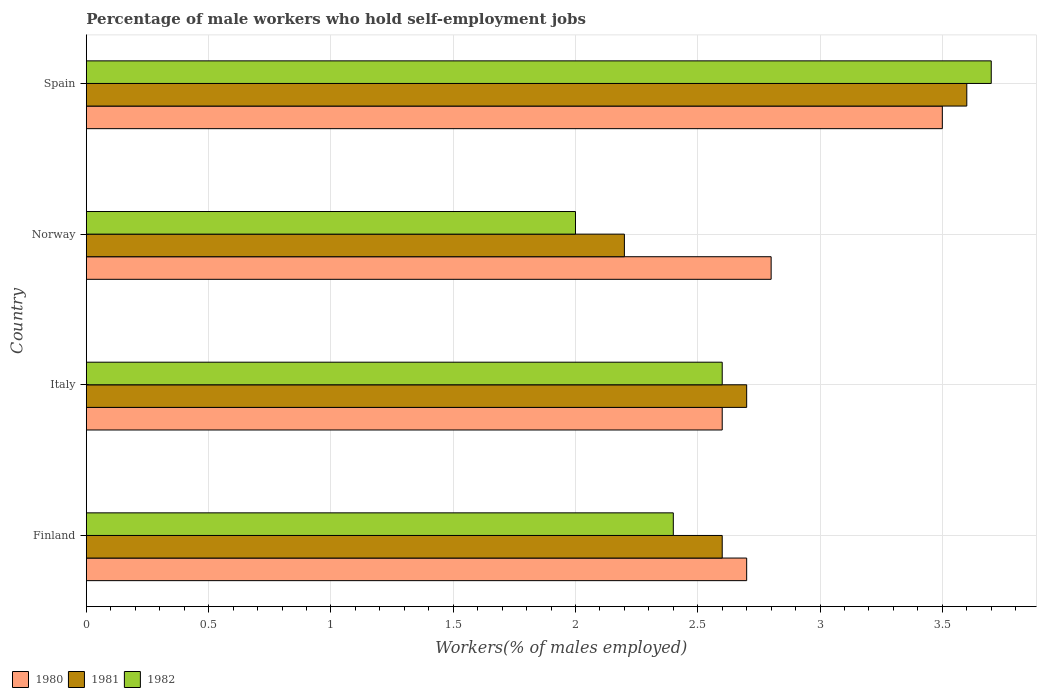
| Country | 1980 | 1981 | 1982 |
 | --- | --- | --- | --- |
 | Finland | 2.7 | 2.6 | 2.4 |
 | Italy | 2.6 | 2.7 | 2.6 |
 | Norway | 2.8 | 2.2 | 2 |
 | Spain | 3.5 | 3.6 | 3.7 |